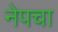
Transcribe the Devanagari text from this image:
नेपचा